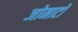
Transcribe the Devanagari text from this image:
जोमाटो